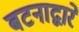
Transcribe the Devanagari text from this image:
बटनाद्वारे